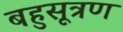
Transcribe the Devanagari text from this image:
बहुसूत्रण